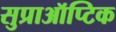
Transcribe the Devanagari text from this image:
सुप्राऑप्टिक